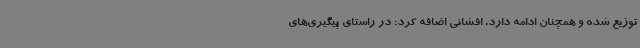
توزیع شده و همچنان ادامه دارد. افشانی اضافه کرد: در راستای پیگیری‌های